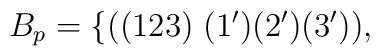
B_p = \{((123) \;     (1')(2')(3')), \hspace{3in}